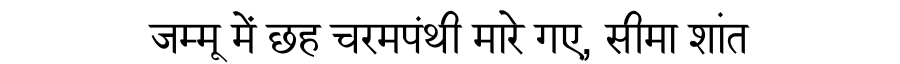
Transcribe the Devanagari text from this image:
जम्मू में छह चरमपंथी मारे गए, सीमा शांत